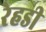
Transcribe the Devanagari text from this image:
रेहडी